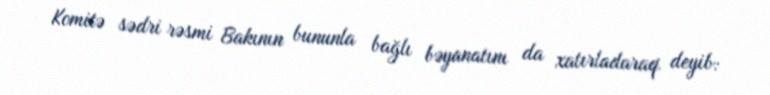
Komitə sədri rəsmi Bakının bununla bağlı bəyanatını da xatırladaraq deyib: